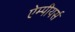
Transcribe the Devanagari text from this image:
ऐम्पीयर्स